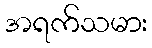
အရက်သမား